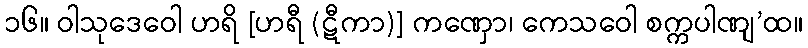
၁၆။ ဝါသုဒေဝေါ ဟရိ [ဟရီ (ဋီကာ)] ကဏှော၊ ကေသဝေါ စက္ကပါဏျ’ထ။